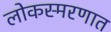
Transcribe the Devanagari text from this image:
लोकस्मरणात